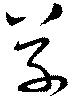
草